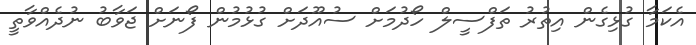
އެކަމާ ގުޅިގެން އިތުރު ތަފްސީލް ހޯދުމަށް ސުއޫދަށް ގުޅުމުން ފޯނަށް ޖަވާބު ނުދެއްވާތީ